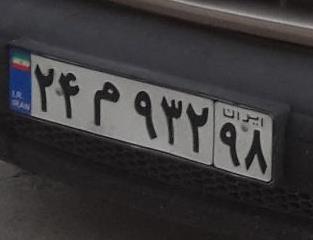
۲۴م۹۳۲۹۸